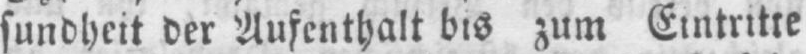
sundheit der Aufenthalt bis zum Eintritre